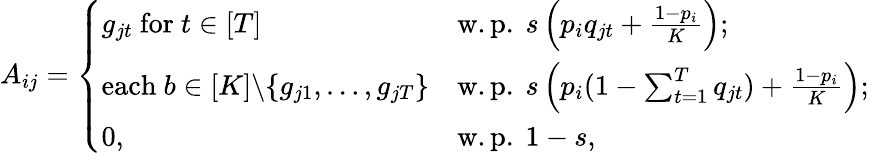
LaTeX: A_{ij}=\left\{ \begin{array}{ll}{g_{jt}\mathrm{~for~}t\in[T]}&{\mathrm{w.p.~}s\left(p_{i}q_{jt}+\frac{1-p_{i}}{K}\right);}\\ {\mathrm{each~}b\in[K]\backslash\{ g_{j1},\dots,g_{jT}\} }&{\mathrm{w.p.~}s\left(p_{i}(1-\sum_{t=1}^{T}q_{jt})+\frac{1-p_{i}}{K}\right);}\\ {0,}&{\mathrm{w.p.~}1-s,}\end{array}\right.